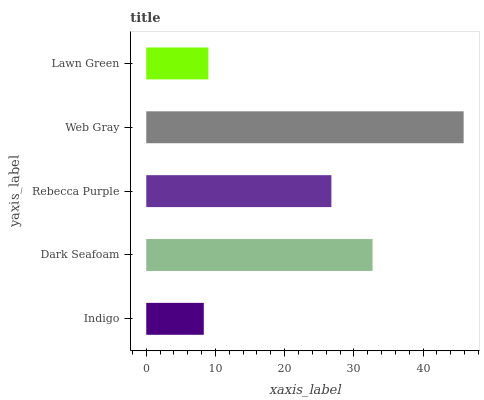
| yaxis_label | bars |
 | --- | --- |
 | Indigo | 8.31 |
 | Dark Seafoam | 32.7 |
 | Rebecca Purple | 26.7 |
 | Web Gray | 45.9 |
 | Lawn Green | 8.98 |